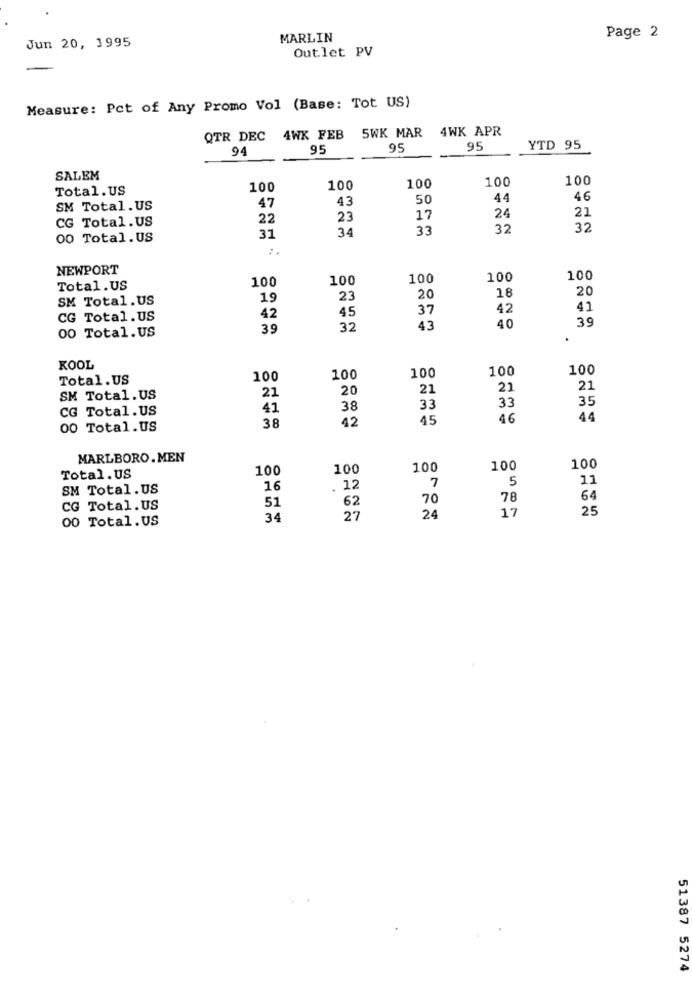
Jun 20, 1995
MARLIN
Page 2
Outlet PV
Measure: Pct of Any Promo Vol (Base: Tot US)
4WK APR
QTR DEC 4WX FEB
5WK MAR
94
95
95
95
YTD 95
SALEM
100
100
100
Total.US
100
100
43
50
44
46
SM Total. US
47
24
21
CG Total.US
22
23
17
34
33
32
32
00 Total.US
31
NEWPORT
100
100
100
100
Total.US
100
18
20
SM Total.US
19
23
20
45
37
42
41
CG Total.US
42
39
00 Total.US
39
32
43
40
.
KOOL
100
100
100
Total.US
100
100
21
20
21
21
21
SM Total.US
35
CG Total.US
41
38
33
33
42
15
46
44
00 Total.US
38
MARLBORO . MEN
100
100
100
100
100
Total.US
7
5
11
SM Total.US
16
. 12
51
62
70
78
64
CG Total.US
17
25
00 Total.US
34
27
24
51387 5274